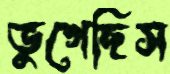
ভুগেছিস